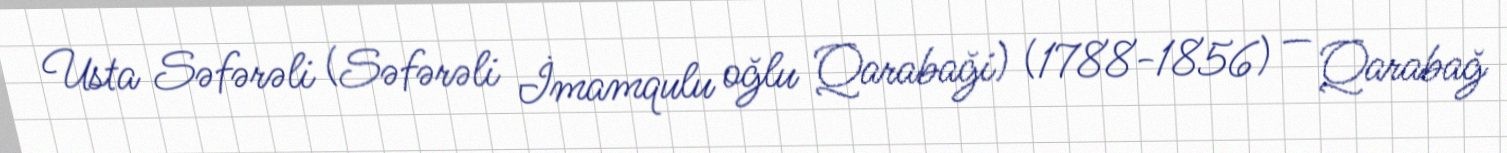
Usta Səfərəli (Səfərəli İmamqulu oğlu Qarabaği) (1788-1856) — Qarabağ